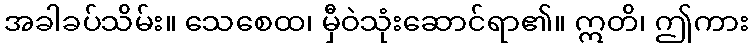
အခါခပ်သိမ်း။ သေစေထ၊ မှီဝဲသုံးဆောင်ရာ၏။ ဣတိ၊ ဤကား